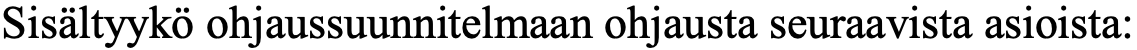
Sisältyykö ohjaussuunnitelmaan ohjausta seuraavista asioista: